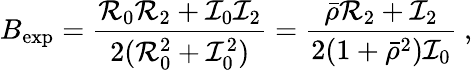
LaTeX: B_{\mathrm{exp}}={\frac{{\cal R}_{0}{\cal R}_{2}+{\cal I}_{0}{\cal I}_{2}}{2({\cal R}_{0}^{2}+{\cal I}_{0}^{2})}}={\frac{\bar{\rho}{\cal R}_{2}+{\cal I}_{2}}{2(1+\bar{\rho}^{2}){\cal I}_{0}}}~,